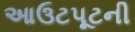
આઉટપૂટની